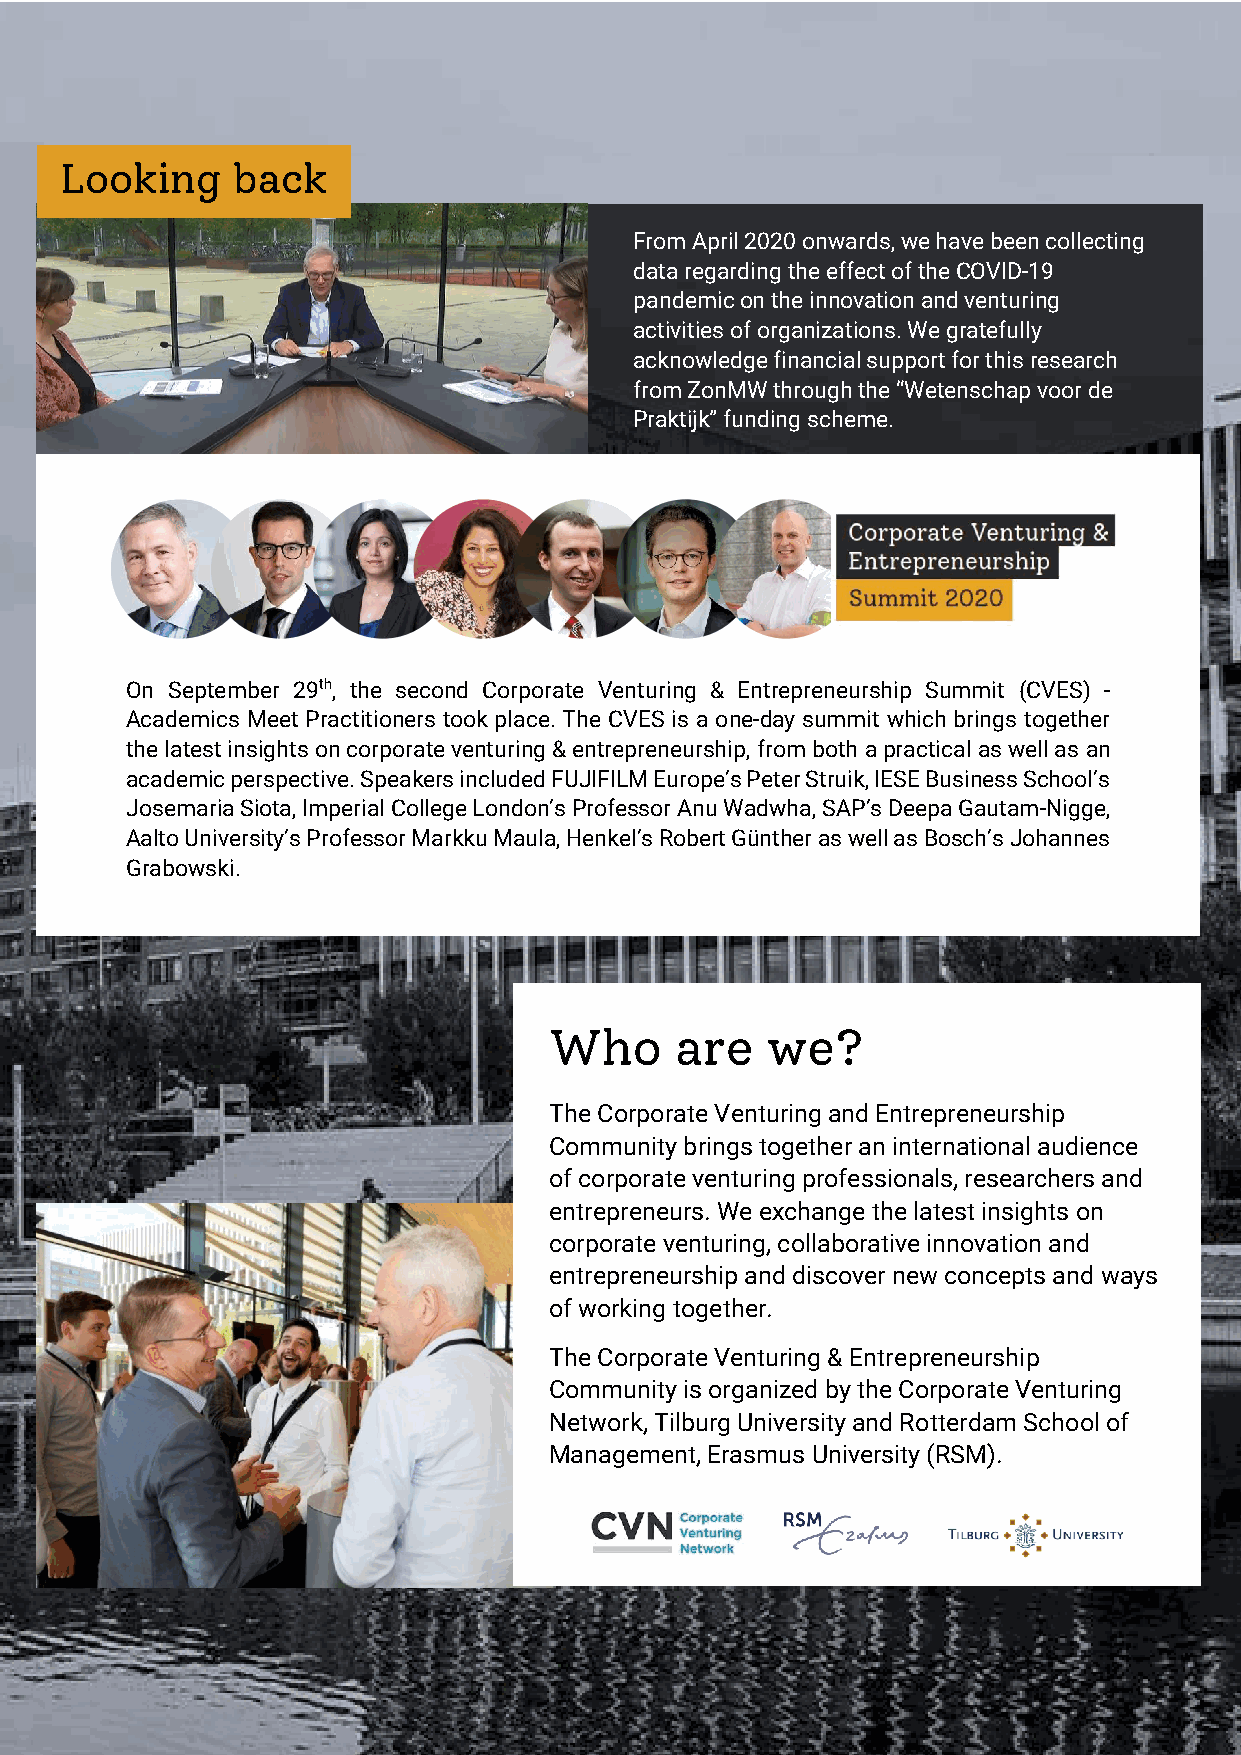
Round I (Apr. 2020)
 Round II (Oct. 2020)
 Looking    back
 From April 2020 onwards, we have been collecting
 data regarding the effect of the COVID-19
 pandemic on the innovation and venturing
 activities of organizations. We gratefully
 acknowledge financial support for this research
 from ZonMW through the “Wetenschap voor de
 Praktijk” funding scheme.
 On September 29th, the second Corporate Venturing & Entrepreneurship Summit (CVES) -
 Academics Meet Practitioners took place. The CVES is a one-day summit which brings together
 the latest insights on corporate venturing & entrepreneurship, from both a practical as well as an
 academic perspective. Speakers included FUJIFILM Europe’s Peter Struik, IESE Business School’s
 Josemaria Siota, Imperial College London’s Professor Anu Wadwha, SAP’s Deepa Gautam-Nigge,
 Aalto University’s Professor Markku Maula, Henkel’s Robert Günther as well as Bosch’s Johannes
 Grabowski.
 Who      are   we?
 The Corporate Venturing and Entrepreneurship
 Community brings together an international audience
 of corporate venturing professionals, researchers and
 entrepreneurs. We exchange the latest insights on
 corporate venturing, collaborative innovation and
 entrepreneurship and discover new concepts and ways
 of working together.
 The Corporate Venturing & Entrepreneurship
 Community is organized by the Corporate Venturing
 Network, Tilburg University and Rotterdam School of
 Management, Erasmus University (RSM).
 2